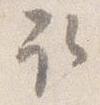
取